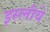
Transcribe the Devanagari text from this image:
इस्लीये